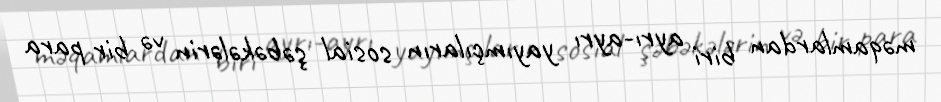
məqamlardan biri ayrı-ayrı yayımçıların sosial şəbəkələrin və bir para